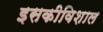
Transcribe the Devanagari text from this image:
इसकीविशाल